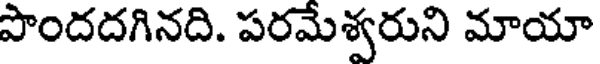
పొందదగినది. పరమేశ్వరుని మాయా